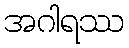
အဂါရဿ